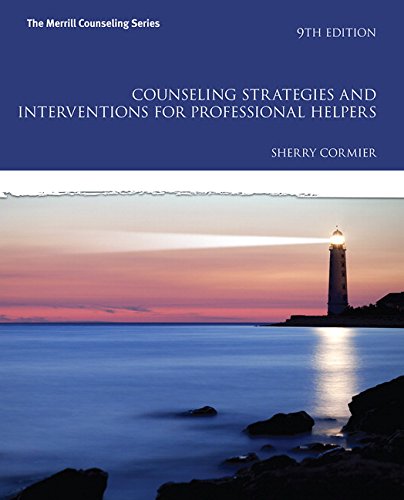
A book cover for Counseling Strategies and Interventions for Professional Helpers (9th Edition) (The Merrill Counseling Series); Sherry Cormier; Education & Teaching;